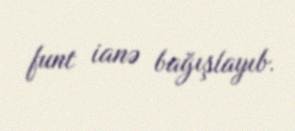
funt ianə bağışlayıb.